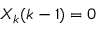
{ X } _ { k } ( k - 1 ) = 0